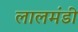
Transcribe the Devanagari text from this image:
लालमंडी